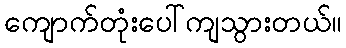
ကျောက်တုံးပေါ်ကျသွားတယ်။